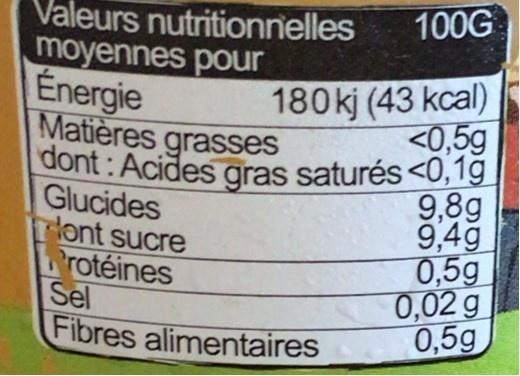
100G
Valeurs nutritionnelles moyennes pour Énergie Matières grasses dont: Acides gras saturés <0,1g Glucides rlont sucre rotéines Sel Fibres alimentaires
180kj (43 kcal) <0,5g
9,8g 9,4g 0,5g 0,02 g 0,5g